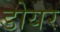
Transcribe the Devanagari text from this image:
डोयर